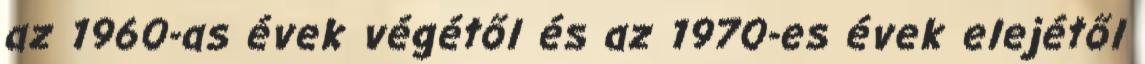
az 1960-as évek végétől és az 1970-es évek elejétől